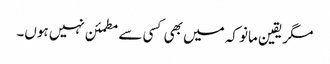
مگر یقین مانو کہ میں بھی کسی سے مطمئن نہیں ہوں۔